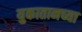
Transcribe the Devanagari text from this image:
युकातानच्या